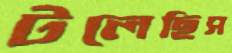
টলেছিস